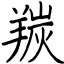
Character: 羰